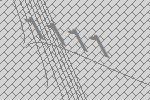
1111